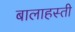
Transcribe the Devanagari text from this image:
बालाहस्ती